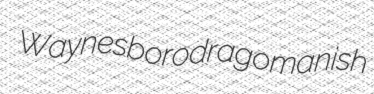
Waynesboro dragomanish